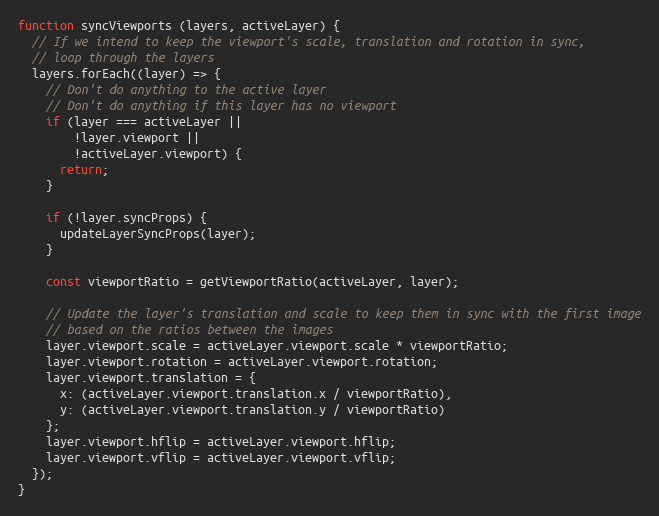
Language: JavaScript
function syncViewports (layers, activeLayer) {
  // If we intend to keep the viewport's scale, translation and rotation in sync,
  // loop through the layers
  layers.forEach((layer) => {
    // Don't do anything to the active layer
    // Don't do anything if this layer has no viewport
    if (layer === activeLayer ||
        !layer.viewport ||
        !activeLayer.viewport) {
      return;
    }

    if (!layer.syncProps) {
      updateLayerSyncProps(layer);
    }

    const viewportRatio = getViewportRatio(activeLayer, layer);

    // Update the layer's translation and scale to keep them in sync with the first image
    // based on the ratios between the images
    layer.viewport.scale = activeLayer.viewport.scale * viewportRatio;
    layer.viewport.rotation = activeLayer.viewport.rotation;
    layer.viewport.translation = {
      x: (activeLayer.viewport.translation.x / viewportRatio),
      y: (activeLayer.viewport.translation.y / viewportRatio)
    };
    layer.viewport.hflip = activeLayer.viewport.hflip;
    layer.viewport.vflip = activeLayer.viewport.vflip;
  });
}